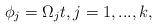
LaTeX: \begin{align*}\phi_j=\Omega_j t, j=1,...,k,\end{align*}